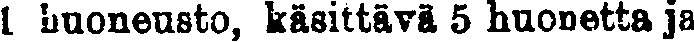
1 huoneusto, käsittävä 5 huonetta ja